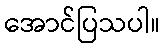
အောင်ပြသပါ။